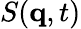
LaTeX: S(\mathbf{q},t)